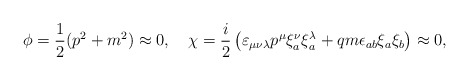
\begin{align*}\phi = \frac{1}{2} (p^2 + m^2) \approx 0, \quad\chi = \frac{i}{2} \left(\varepsilon_{\mu\nu\lambda} p^\mu\xi^\nu_a \xi^\lambda_a + q m \epsilon_{ab} \xi_a \xi_b\right) \approx 0,\end{align*}